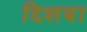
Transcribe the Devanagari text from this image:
दिशया